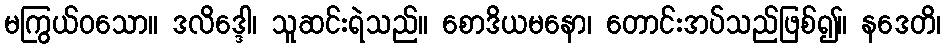
မကြွယ်ဝသော။ ဒလိဒ္ဒေါ၊ သူဆင်းရဲသည်။ စောဒိယမနော၊ တောင်းအပ်သည်ဖြစ်၍။ နဒေတိ၊